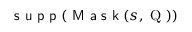
\textsf { s u p p } ( \textsf { M a s k } ( s , \mathrm { ~ Q ~ } ) )